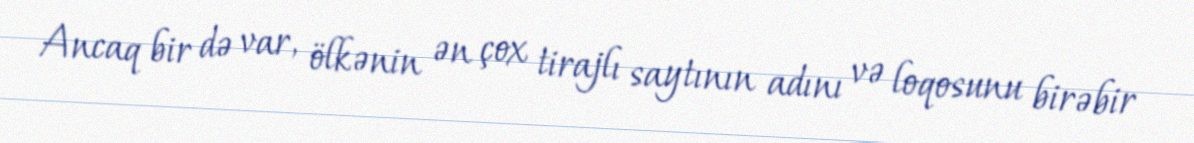
Ancaq bir də var, ölkənin ən çox tirajlı saytının adını və loqosunu birəbir